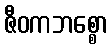
ဇီဝကဘစ္စော